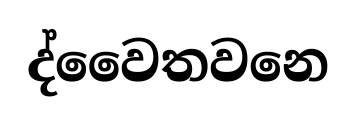
ද්වෛතවනෙ